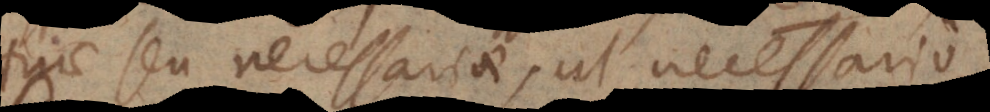
tuae seu necessariae, ut necessario